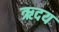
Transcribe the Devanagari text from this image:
ऋदय